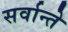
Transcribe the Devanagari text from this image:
सर्वान्ते